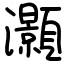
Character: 灝